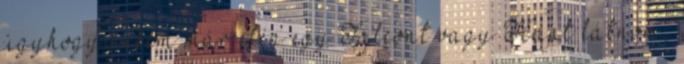
úgyhogy nekem már elég egy Falcont vagy Hant látnom,